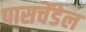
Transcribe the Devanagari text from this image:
पासचेंडेल